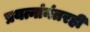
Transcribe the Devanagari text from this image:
प्रयत्नांनंतरही